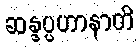
ဆန္ဒပ္ပဟာနာတိ